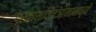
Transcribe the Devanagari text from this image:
प्रकाशविज्ञानामध्ये